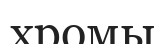
хромы